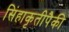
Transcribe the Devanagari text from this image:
सिंहाकृतीपैकी